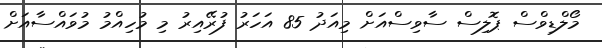
މޯލްޑިވްސް ޕޮލިސް ސާވިސްއަށް މިއަދު 85 އަހަރު ފުރޭއިރު މި މުހިއްމު މުވައްސާއަށް